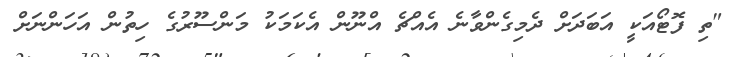
"ތި ފޮޓޯއަކީ އަބަދަށް ދެމިގެންވާނެ އެއްޗެ އްނޫން އެކަމަކު މަންސޫރުގެ ހިތުން އަހަންނަށް